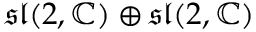
{ \mathfrak { s l } } ( 2 , \mathbb { C } ) \oplus { \mathfrak { s l } } ( 2 , \mathbb { C } )